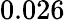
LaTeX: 0.026